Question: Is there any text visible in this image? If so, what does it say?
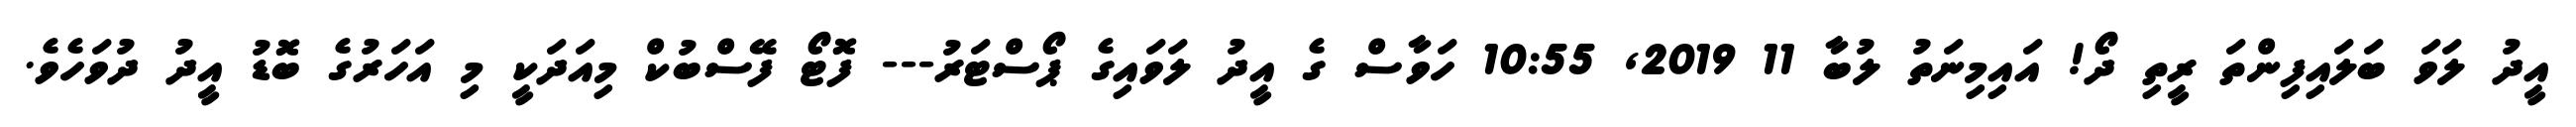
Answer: އީދު ލަވަ ބަލައިފިންތަ ރީތި ދޯ! އައިމިނަތު ލުބާ 11 2019, 10:55 ހަވާސް ގެ އީދު ލަވައިގެ ޕޯސްޓަރު--- ފޮޓޯ ފޭސްބުކް މިއަދަކީ މި އަހަރުގެ ބޮޑު އީދު ދުވަހެވެ.